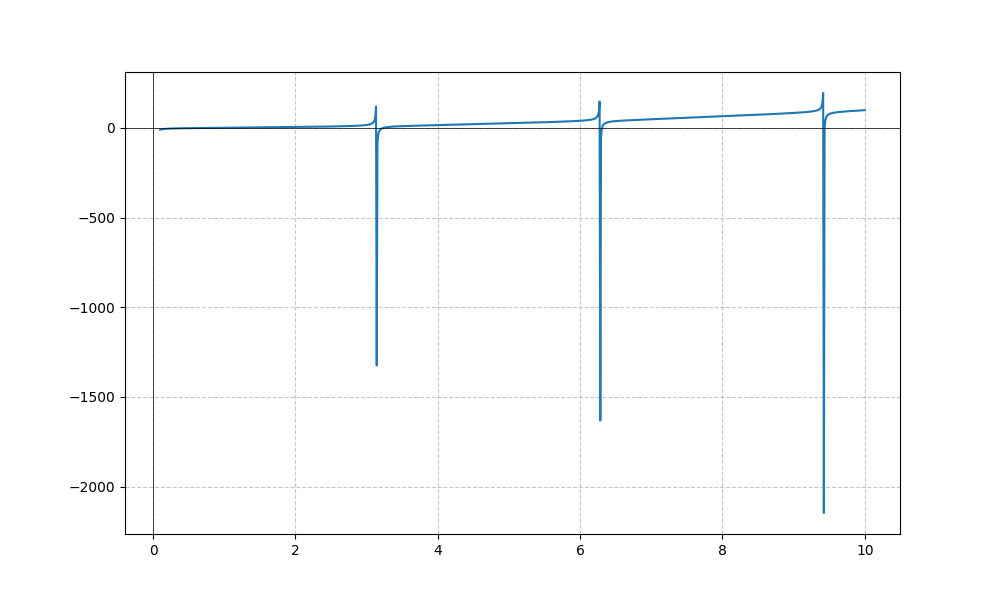
LaTeX formula: x^{2} - \cot{\left(x \right)}